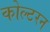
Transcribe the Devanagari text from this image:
कोल्टरन